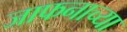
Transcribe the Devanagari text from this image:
जाफनाच्या